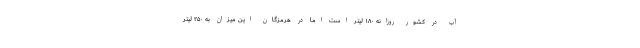
آب در کشور روزانه ۱۸۰ لیتر است اما در هرمزگان این میزان به ۲۵۰ لیتر